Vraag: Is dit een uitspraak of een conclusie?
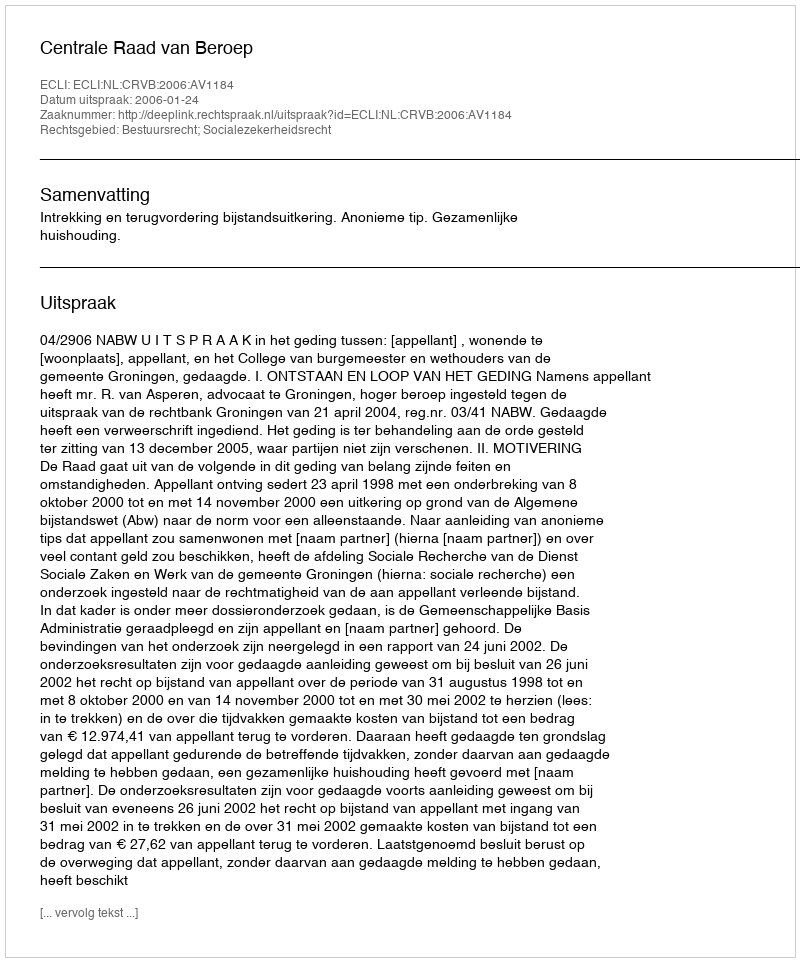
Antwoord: Uitspraak